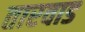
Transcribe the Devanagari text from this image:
तारवाड